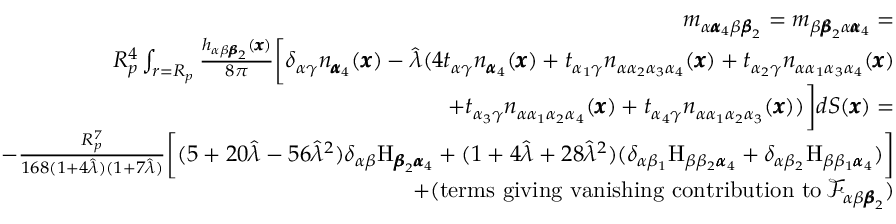
\begin{array} { r l r } & { } & { m _ { \alpha { \pmb \alpha } _ { 4 } \beta { \pmb \beta } _ { 2 } } = m _ { \beta { \pmb \beta } _ { 2 } \alpha { \pmb \alpha } _ { 4 } } = } \\ & { } & { R _ { p } ^ { 4 } \int _ { r = R _ { p } } \frac { h _ { \alpha \beta { \pmb \beta } _ { 2 } } ( { \pmb x } ) } { 8 \pi } \bigg [ \delta _ { \alpha \gamma } n _ { { \pmb \alpha } _ { 4 } } ( { \pmb x } ) - \hat { \lambda } ( 4 t _ { \alpha \gamma } n _ { { \pmb \alpha } _ { 4 } } ( \pmb x ) + t _ { \alpha _ { 1 } \gamma } n _ { \alpha \alpha _ { 2 } \alpha _ { 3 } \alpha _ { 4 } } ( \pmb x ) + t _ { \alpha _ { 2 } \gamma } n _ { \alpha \alpha _ { 1 } \alpha _ { 3 } \alpha _ { 4 } } ( \pmb x ) } \\ & { } & { + t _ { \alpha _ { 3 } \gamma } n _ { \alpha \alpha _ { 1 } \alpha _ { 2 } \alpha _ { 4 } } ( \pmb x ) + t _ { \alpha _ { 4 } \gamma } n _ { \alpha \alpha _ { 1 } \alpha _ { 2 } \alpha _ { 3 } } ( \pmb x ) ) \bigg ] d S ( { \pmb x } ) = } \\ & { } & { - \frac { R _ { p } ^ { 7 } } { 1 6 8 ( 1 + 4 \hat { \lambda } ) ( 1 + 7 \hat { \lambda } ) } \bigg [ ( 5 + 2 0 \hat { \lambda } - 5 6 \hat { \lambda } ^ { 2 } ) \delta _ { \alpha \beta } \mathrm { H } _ { { \pmb \beta } _ { 2 } { \pmb \alpha } _ { 4 } } + ( 1 + 4 \hat { \lambda } + 2 8 \hat { \lambda } ^ { 2 } ) ( \delta _ { \alpha \beta _ { 1 } } \mathrm { H } _ { \beta \beta _ { 2 } { \pmb \alpha } _ { 4 } } + \delta _ { \alpha \beta _ { 2 } } \mathrm { H } _ { \beta \beta _ { 1 } { \pmb \alpha } _ { 4 } } ) \bigg ] } \\ & { } & { + ( \mathrm { t e r m s ~ g i v i n g ~ v a n i s h i n g ~ c o n t r i b u t i o n ~ t o } \, \mathcal { F } _ { \alpha \beta { \pmb \beta } _ { 2 } } ) } \end{array}